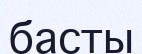
басты